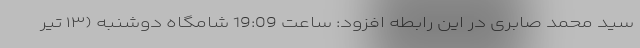
سید محمد صابری در این رابطه افزود: ساعت 19:09 شامگاه دوشنبه (۱۳ تیر